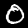
Label: 0